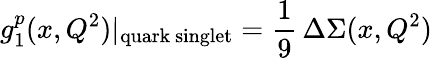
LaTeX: g_{1}^{p}(x,Q^{2})|_{\mathrm{quark~singlet}}={\frac{1}{9}}\, \Delta\Sigma(x,Q^{2})